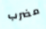
مضرب